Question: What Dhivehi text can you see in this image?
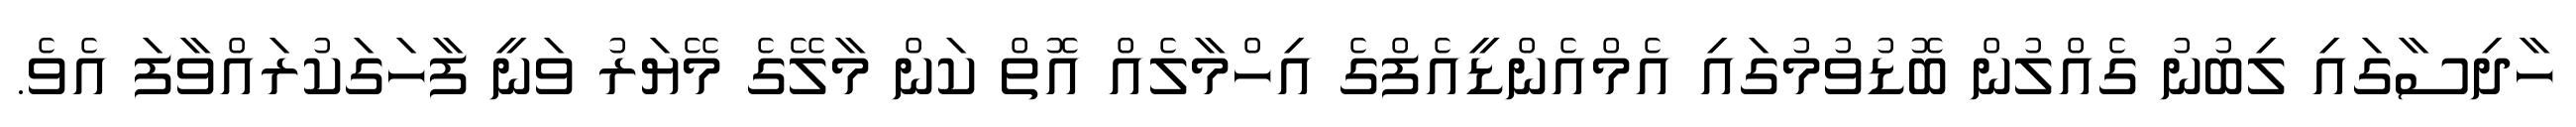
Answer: ހާދިސާގައި ލިބުނު ގެއްލުން ބޮޑުވުމުގައި އެމްއެންޑީއެފްގެ އިހްމާލެއް އޮތް ކަން މާލޭގެ މޭޔަރު ވަނީ ފާހަގަކުރައްވާފަ އެވެ.